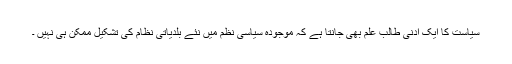
سیاست کا ایک ادنی طالب علم بھی جانتا ہے کہ موجودہ سیاسی نظم میں نئے بلدیاتی نظام کی تشکیل ممکن ہی نہیں ۔